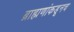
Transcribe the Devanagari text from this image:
ब्राह्मणांकडूनच